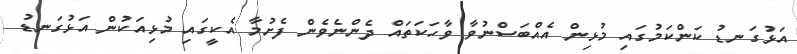
އަޅުގަނޑު ކަންކަމުގައި މުޅިން އެއްބަސްނުވާ ވާހަކަތައް ދެންނެވެން ފެށުމާ އެކީގައި މުޅިއަކުން އަޅުގަނޑު